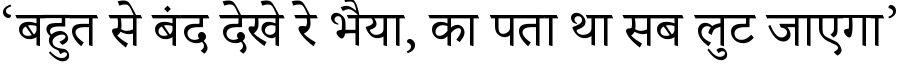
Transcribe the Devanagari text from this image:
‘बहुत से बंद देखे रे भैया, का पता था सब लुट जाएगा’